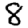
Digit: 8